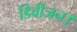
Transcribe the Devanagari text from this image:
डिवीजन।